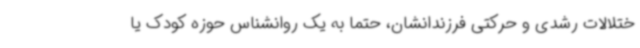
ختلالات رشدی و حرکتی فرزندانشان، حتماً به یک روانشناس حوزه کودک یا